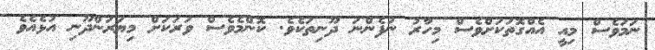
ނަމަވެސް މިއީ އެއްގޮތަކަށްވެސް މިހާރު ނުފެންނަ ދޫނިތަކެވެ. ކޮންމެވެސް ވަރަކަށް މިޔަރަންދޫނި އުޅެއެވެ